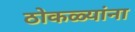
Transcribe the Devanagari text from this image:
ठोकळ्यांना